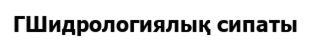
ГШидрологиялық сипаты